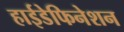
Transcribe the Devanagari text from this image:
हाईडेफिनेशन